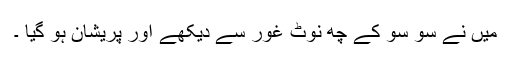
میں نے سو سو کے چھ نوٹ غور سے دیکھے اور پریشان ہو گیا ۔